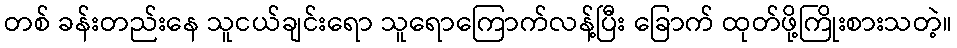
တစ် ခန်းတည်းနေ သူငယ်ချင်းရော သူရောကြောက်လန့်ပြီး ခြောက် ထုတ်ဖို့ကြိုးစားသတဲ့။